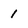
Character: 1